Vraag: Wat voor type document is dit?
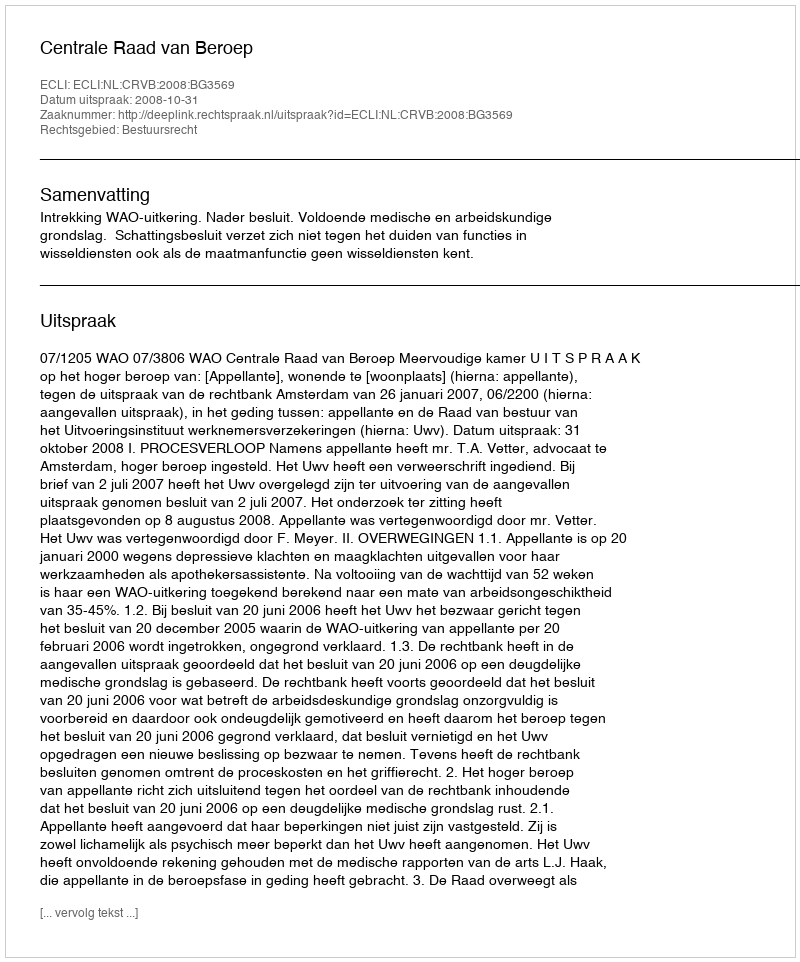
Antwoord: Uitspraak